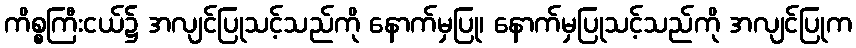
ကိစ္စကြီးငယ်၌ အလျင်ပြုသင့်သည်ကို နောက်မှပြု၊ နောက်မှပြုသင့်သည်ကို အလျင်ပြုက